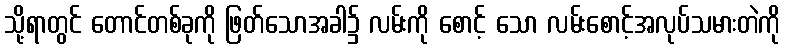
သို့ရာတွင် တောင်တစ်ခုကို ဖြတ်သောအခါ၌ လမ်းကို စောင့် သော လမ်းစောင့်အလုပ်သမားတဲကို